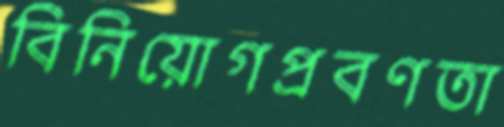
বিনিয়োগপ্রবণতা